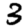
Digit: 3